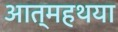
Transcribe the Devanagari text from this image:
आत्महथया